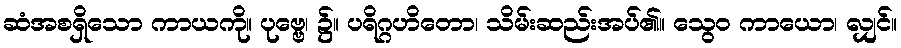
ဆံအစရှိသော ကာယကို။ ပုဗ္ဗေ၊ ၌။ ပရိဂ္ဂဟိတော၊ သိမ်းဆည်းအပ်၏။ သွေဝ ကာယော၊ လျှင်။